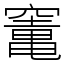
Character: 竃